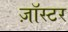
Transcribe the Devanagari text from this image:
ज़ॉस्टर